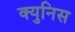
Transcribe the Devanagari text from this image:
क्युनिस